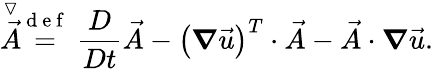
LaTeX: \stackrel{\triangledown}{\vec{A}}\stackrel{\mathrm{~d~e~f~}}{=}\frac{D}{Dt}\vec{A}-\left(\boldsymbol{\nabla}\vec{u}\right)^{T}\cdot\vec{A}-\vec{A}\cdot\boldsymbol{\nabla}\vec{u}.